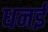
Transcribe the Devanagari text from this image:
धनई